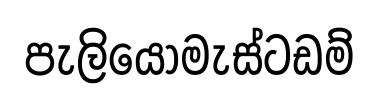
පැලියොමැස්ටඩම්